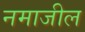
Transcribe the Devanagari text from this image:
नमाजील